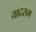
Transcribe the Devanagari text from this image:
यादराम